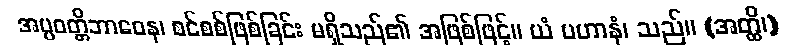
အပ္ပဝတ္တိဘာဝေန၊ စင်စစ်ဖြစ်ခြင်း မရှိသည်၏ အဖြစ်ဖြင့်။ ယံ ပဟာနံ၊ သည်။ (အတ္ထိ၊)